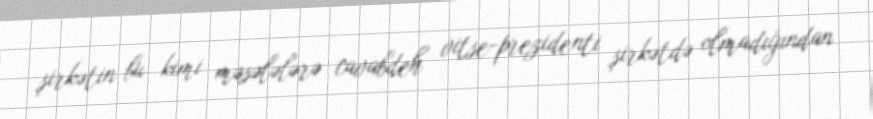
şirkətin bu kimi məsələlərə cavabdeh vitse-prezidenti şirkətdə olmadığından